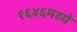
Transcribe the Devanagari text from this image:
१६४६मध्ये